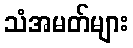
သံအမတ်များ